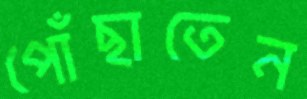
পোঁছাতেন